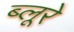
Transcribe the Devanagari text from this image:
ब्लूरे